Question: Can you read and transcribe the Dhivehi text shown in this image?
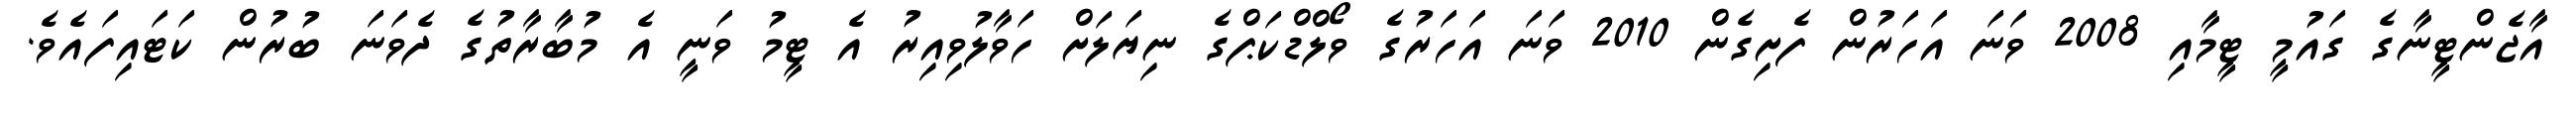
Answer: އާޖެންޓީނާގެ ގައުމީ ޓީމާއި 2008 ވަނަ އަހަރުން ފެށިގެން 2010 ވަނަ އަހަރުގެ ވޯލްޑްކަޕްގެ ނިޔަލަށް ހަވާލުވިއިރު އެ ޓީމު ވަނީ އެ މުބާރާތުގެ ދެވަނަ ބުރުން ކަޓައިފައެވެ.